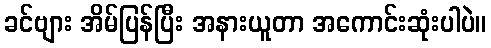
ခင်ဗျား အိမ်ပြန်ပြီး အနားယူတာ အကောင်းဆုံးပါပဲ။